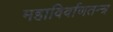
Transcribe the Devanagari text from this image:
महाविर्वाणतन्त्र